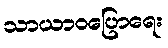
သာယာဝပြောရေး